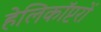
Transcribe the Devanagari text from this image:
हेलिकाॅप्टरों